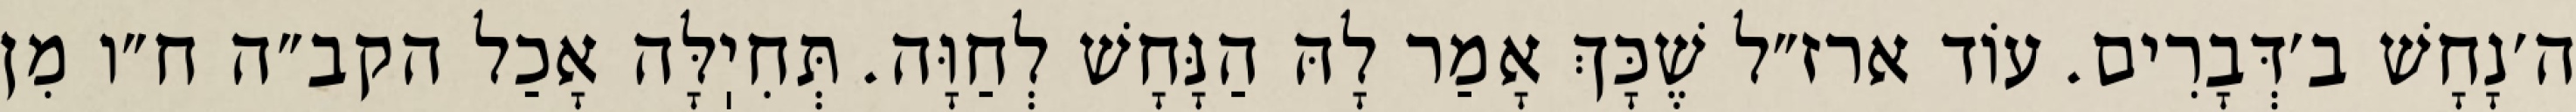
ה׳נָחָשׁ ב׳דְּבָרִים. עוֹד ארז״ל שֶׁכָּךְ אָמַר לָהּ הַנָּחָשׁ לְחַוָּה. תְּחִיֽלָּה אָכַל הקב״ה ח״ו מִן